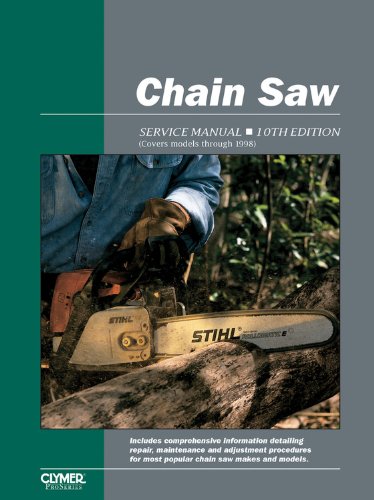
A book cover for Chain Saw Service Manual: 10th Edition; Penton Staff; Science & Math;